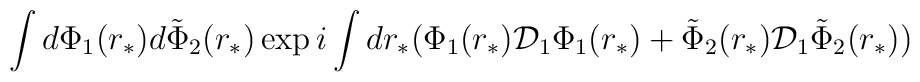
\int d \Phi_1(r_*)  d \tilde \Phi_2 (r_*)   \exp  {i\int dr_* (\Phi_1 (r_*) {\cal D}_{1}  \Phi_1 (r_*)  + \tilde \Phi_2(r_*){\cal D}_{1}\tilde \Phi_2 (r_*) )}